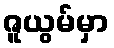
ဇူယွမ်မှာ